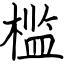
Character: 槛